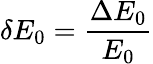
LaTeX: \delta E_{0}=\frac{\Delta E_{0}}{E_{0}}